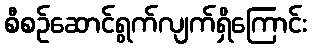
စီစဉ်ဆောင်ရွက်လျက်ရှိကြောင်း